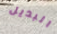
البديل